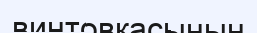
винтовкасының